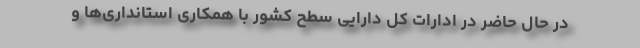
در حال حاضر در ادارات کل دارایی سطح کشور با همکاری استانداری‌ها و